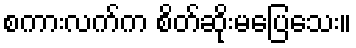
စကားလက်က စိတ်ဆိုးမပြေသေး။